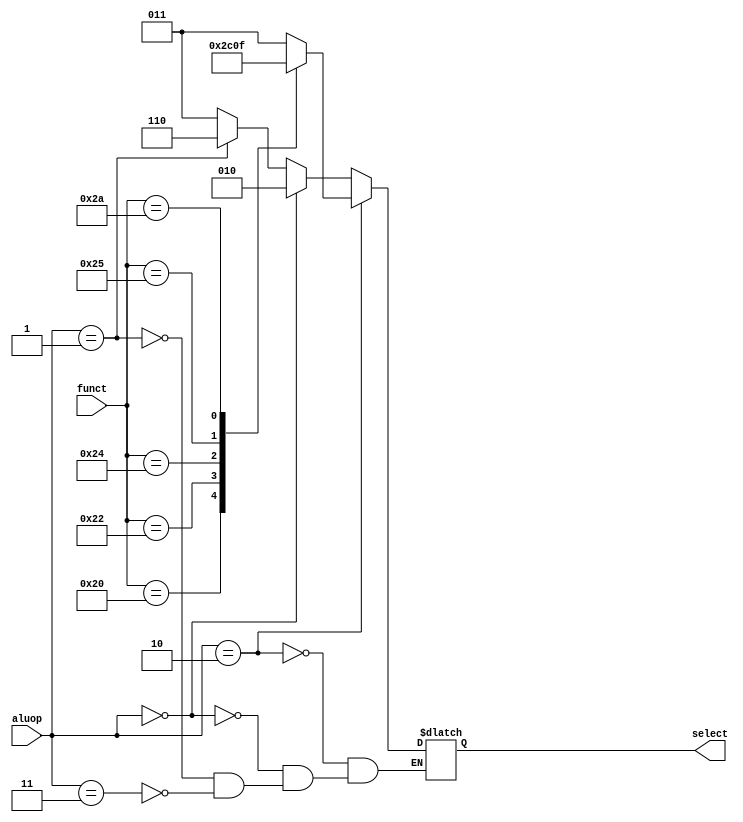
`timescale 1ns / 1ps

module alu_control (
    input wire [5:0] funct,
    input wire [1:0] aluop,
    output reg [2:0] select
   );
   
   parameter Rtype = 2'b10,
             Radd  = 2'b10,
             Rsub  = 2'b10,
             Rand  = 2'b10,
             Ror   = 2'b10,
             Rslt  = 2'b10; 
   
   parameter lwsw  = 2'b00,     // Since LW and SW use the same bit pattern, only way to store them as a parameter
             Itype = 2'b01,     // beq, branch
             xis   = 6'bXXXXXX;
             
   // ALU Control Inputs Designation
   parameter ALUadd = 3'b010,   // For R-type instructions
             ALUsub = 3'b110,
             ALUand = 3'b000,
             ALUor  = 3'b001,
             ALUslt = 3'b111;
             
   // If the input information does not correspond to any valid instruction,
   // alu_op = 2'b11 which sets control = ALUx = 3'b011
   // and ALU output is 32 x's as required by lab manual
   parameter unknown = 2'b11,  // For invalid opcode, ALUop = 2'b11
             ALUx    = 3'b011;
   
   // Funct field
   parameter FUNCTadd = 6'b100000,
             FUNCTsub = 6'b100010,
             FUNCTand = 6'b100100,
             FUNCTor  = 6'b100101,
             FUNCTslt = 6'b101010;
             
   initial
    select <= 0;
    
   always @ * begin
    if ( aluop == Rtype )
    begin
        case ( funct )
            // Assign the correct select value based on the function field
            // Use Fig 3.2 to aid you in this.
            // Desired ALU action
            FUNCTadd : select <= ALUadd;
            FUNCTsub : select <= ALUsub;
            FUNCTand : select <= ALUand;
            FUNCTor  : select <= ALUor;
            FUNCTslt : select <= ALUslt;
            default  : select <= ALUx;
        endcase
     end
     
     // For all other types. Use figure 3.2 to help you out.
     // Feel free to reuse any of the parameters defined above.
     else if ( aluop == lwsw )
     begin
        select <= ALUadd;
     end
     
     else if ( aluop == Itype )
     begin
        select <= ALUsub;
     end
     
     else if ( aluop == unknown )
     begin
        select <= ALUx;
     end
     
     else
     begin
        select <= select;
     end
   end
endmodule // alu_control